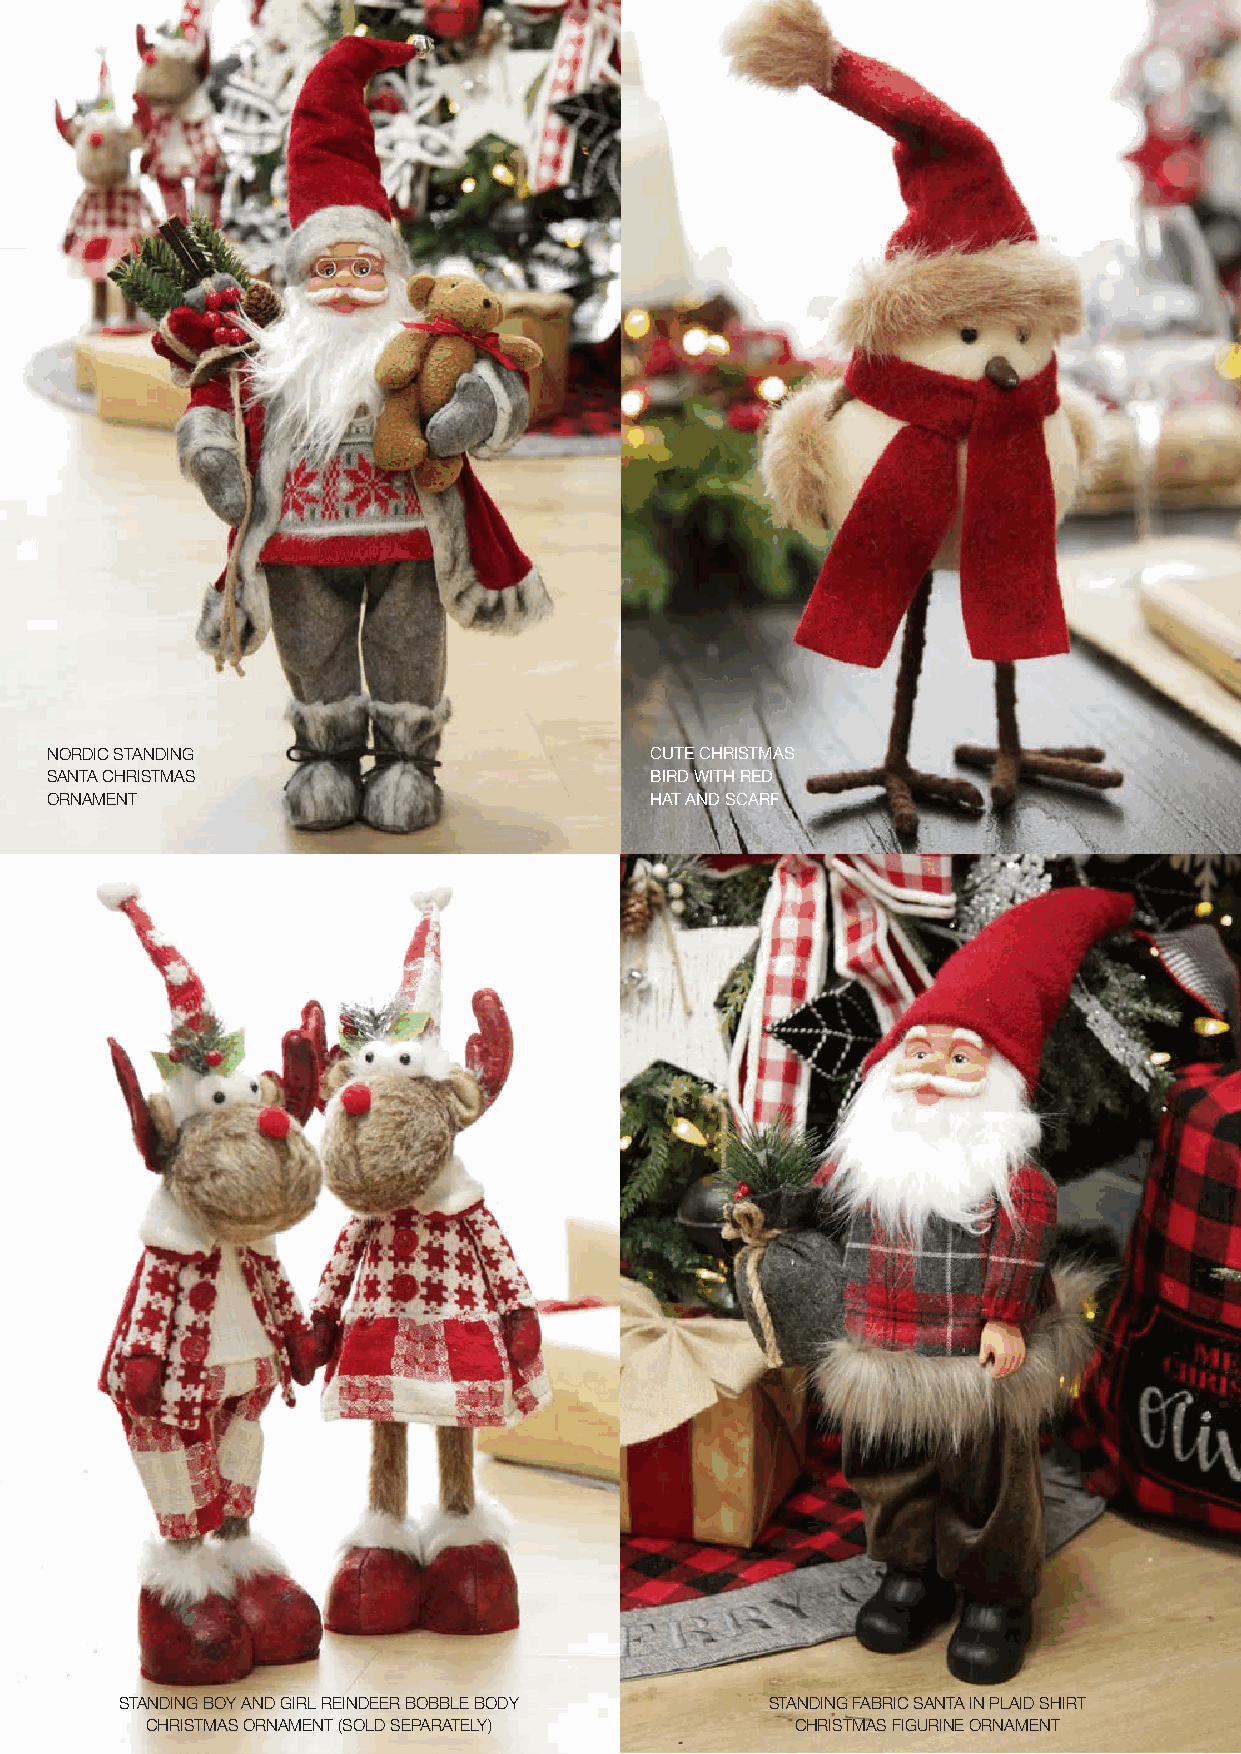
NORDIC STANDING                         CUTE CHRISTMAS
 SANTA CHRISTMAS                         BIRD WITH RED
 ORNAMENT                                HAT AND SCARF
 STANDING BOY AND GIRL REINDEER BOBBLE BODY STANDING FABRIC SANTA IN PLAID SHIRT
 CHRISTMAS ORNAMENT (SOLD SEPARATELY)       CHRISTMAS FIGURINE ORNAMENT